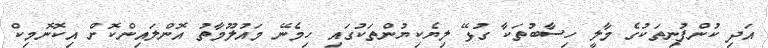
އަދި ކުންފުނިތަކުގެ މާލީ ހިސާބުތަކާ ގުޅޭ ލިޔެކިޔުންތަކުގައި ހިމެނޭ މައުލޫމާތު އޮންލައިންކޮށް އިކޮނޮމިކް